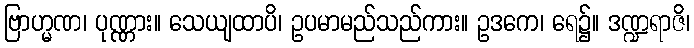
ဗြာဟ္မဏ၊ ပုဏ္ဏား။ သေယျထာပိ၊ ဥပမာမည်သည်ကား။ ဥဒကေ၊ ရေ၌။ ဒဏ္ဍရာဇိ၊